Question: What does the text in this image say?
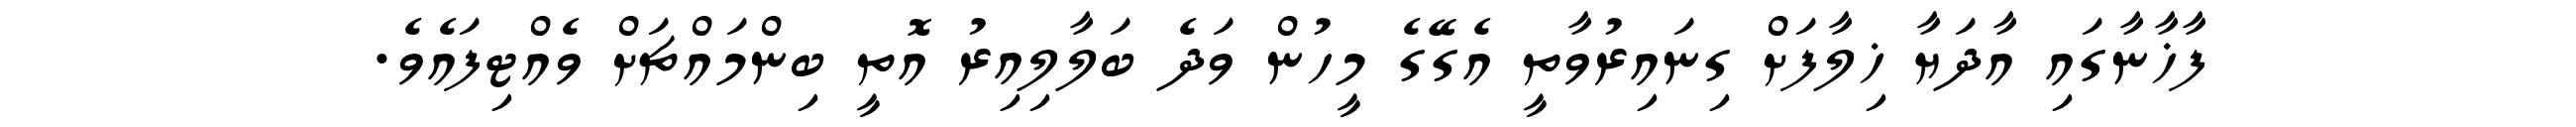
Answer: ފާޚާނާގައި އާދަޔާ ޚިލާފަށް ގިނައިރުވާތީ އެގޭގެ މީހުން ވަދެ ބަލާލިއިރު އޮތީ ބިންމައްޗަށް ވެއްޓިފައެވެ.